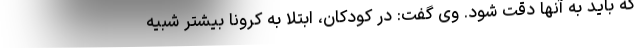
که باید به آنها دقت شود. وی گفت: در کودکان، ابتلا به کرونا بیشتر شبیه